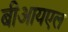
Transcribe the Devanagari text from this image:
बीआयएल